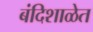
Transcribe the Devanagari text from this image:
बंदिशाळेत